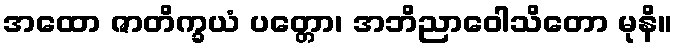
အထော ဇာတိက္ခယံ ပတ္တော၊ အဘိညာဝေါသိတော မုနိ။